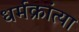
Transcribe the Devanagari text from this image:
धर्मक्रांत्या